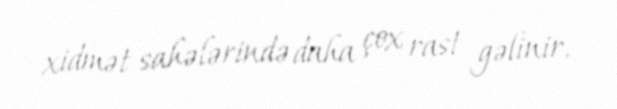
xidmət sahələrində daha çox rast gəlinir.